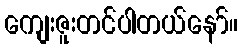
ကျေးဇူးတင်ပါတယ်နော်။